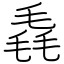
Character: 毳